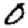
Digit: 0